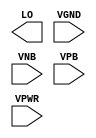
module sky130_fd_sc_hd__macro_sparecell (
    LO  ,
    VGND,
    VNB ,
    VPB ,
    VPWR
);

    output LO  ;
    input  VGND;
    input  VNB ;
    input  VPB ;
    input  VPWR;
endmodule